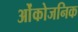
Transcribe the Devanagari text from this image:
ओंकोजनिक